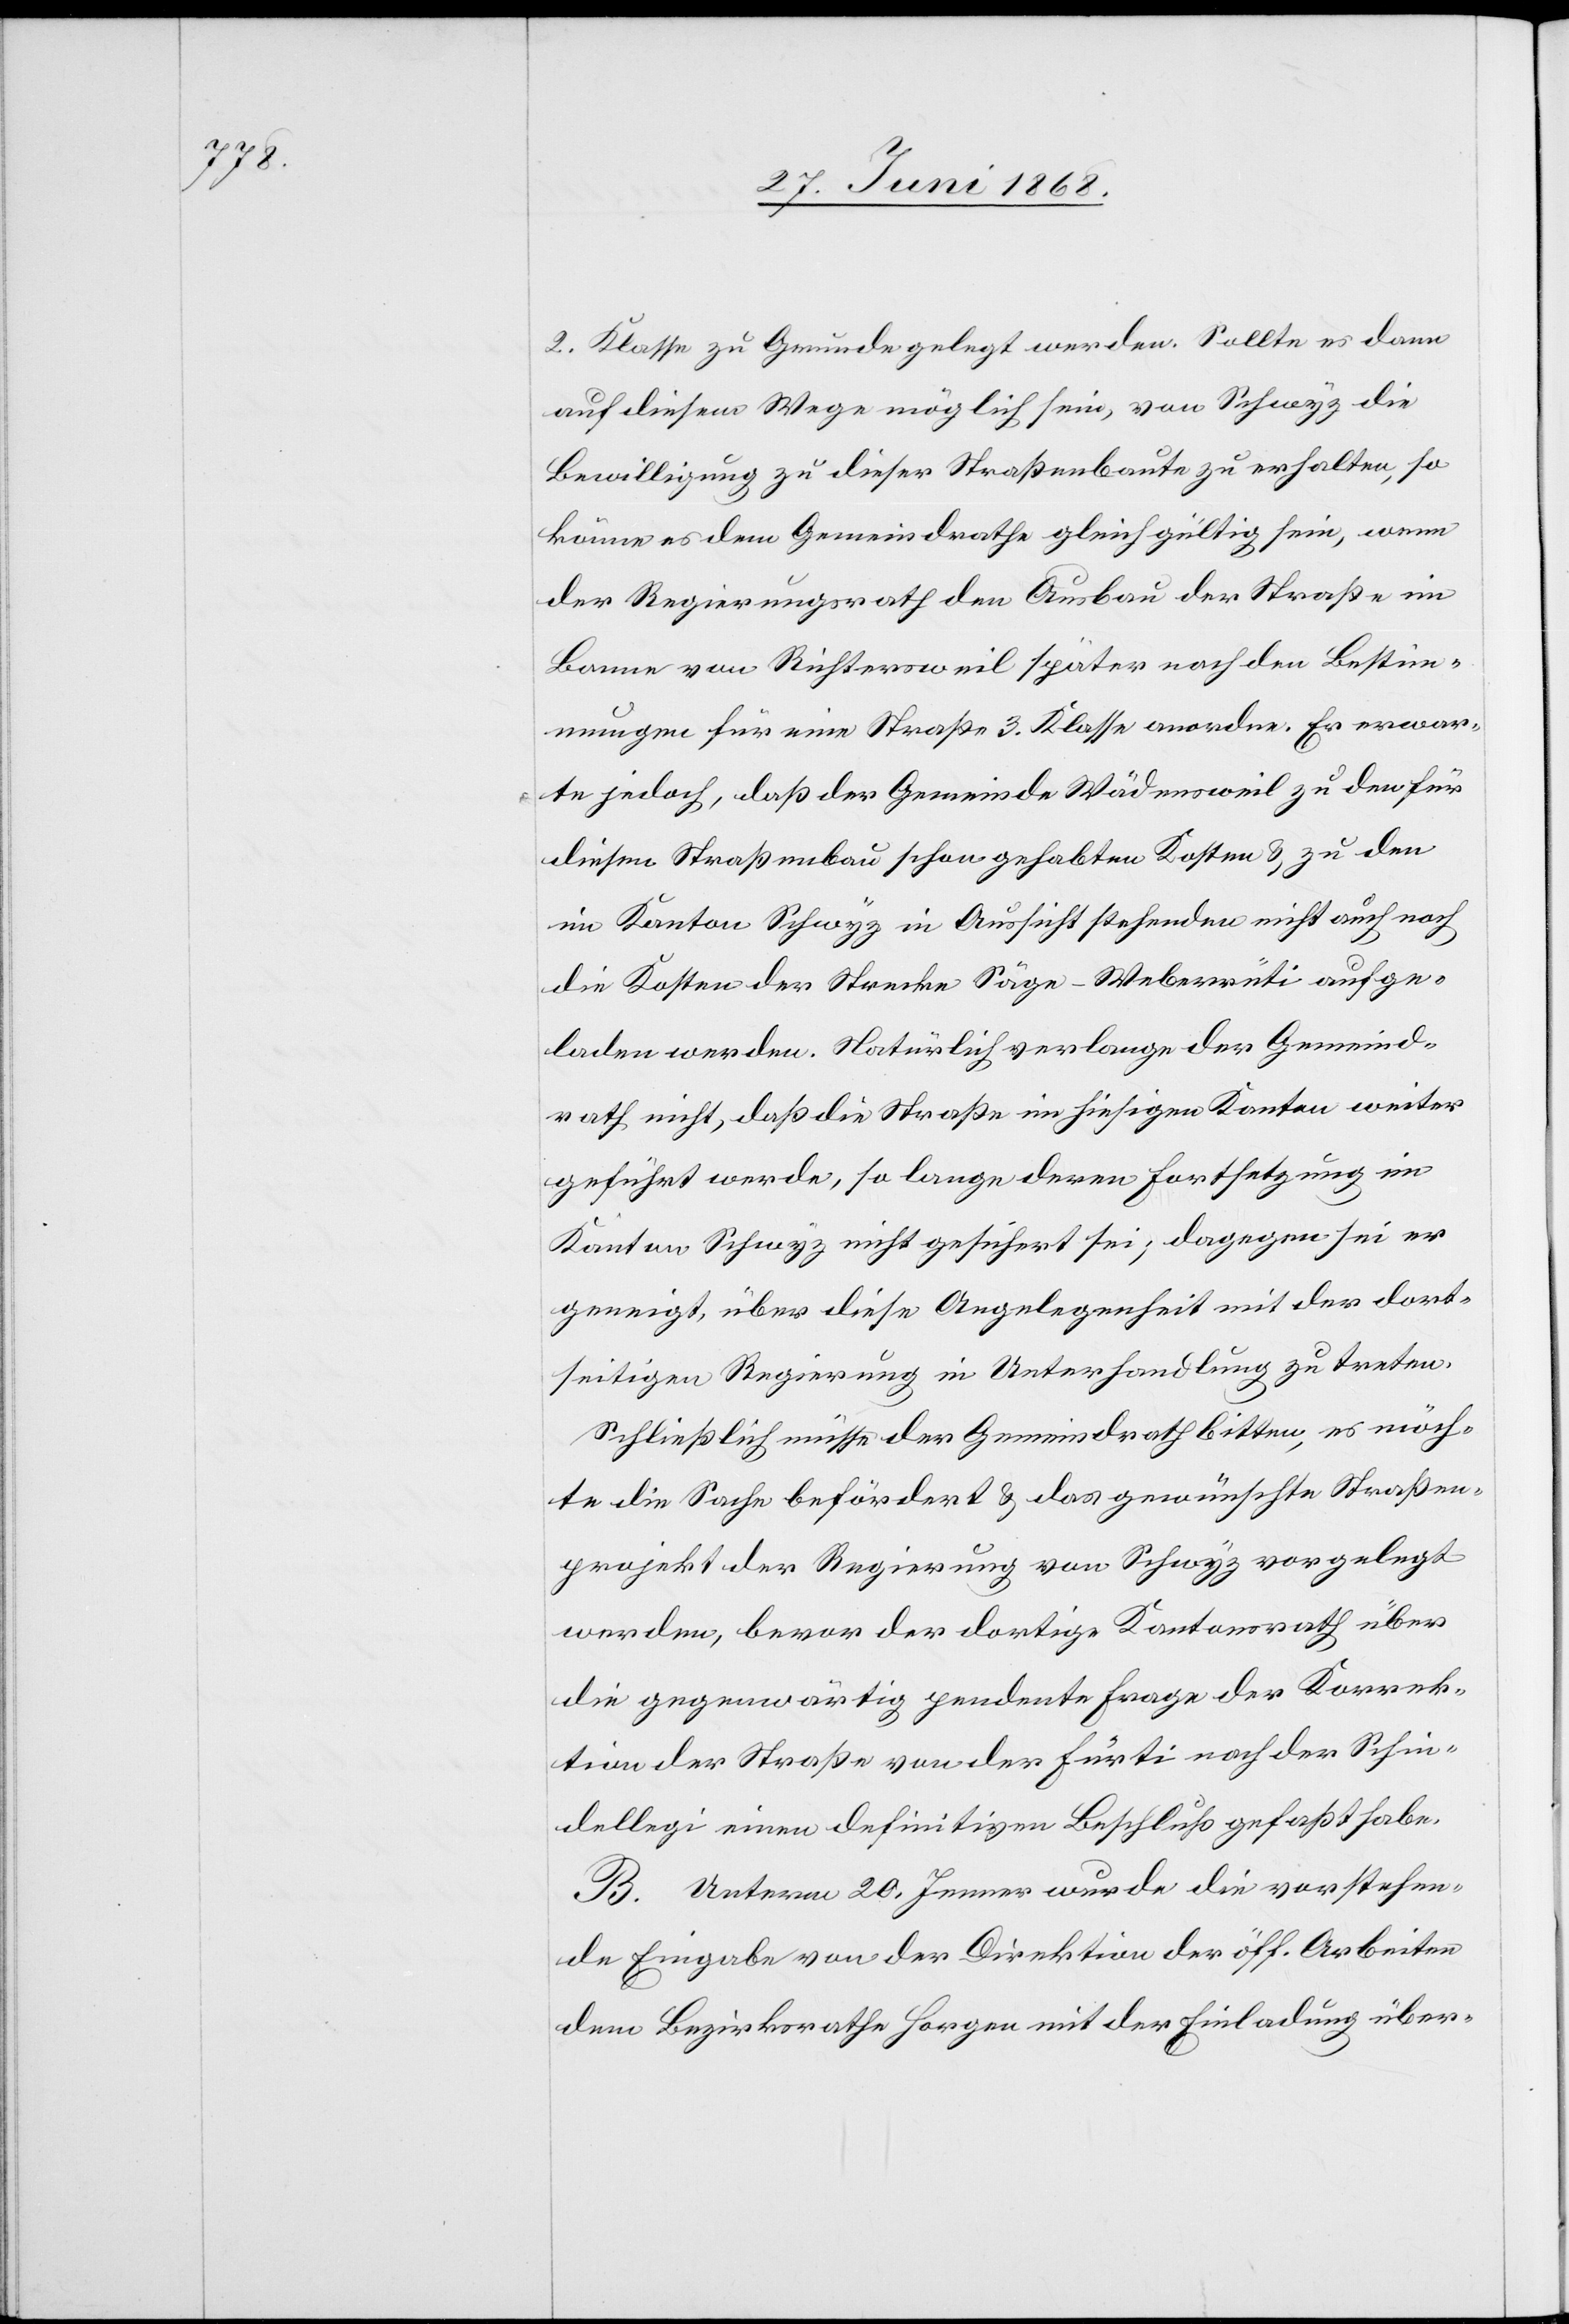
2. Klasse zu Grunde gelegt werden. Sollte es dann
auf diesem Wege möglich sein, von Schwyz die
Bewilligung zu dieser Straßenbaute zu erhalten, so
könne es dem Gemeindrathe gleichgültig sein, wenn
der Regierungsrath den Ausbau der Straße im
Banne von Richtersweil später nach den Bestimm¬
ungen für eine Straße 3. Klasse anordne. Er erwar¬
te jedoch, daß der Gemeinde Wädensweil zu den für
diesen Straßenbau schon gehabten Kosten & zu den
im Kanton Schwyz in Aussicht stehenden nicht auch noch
die Kosten der Strecke Säge-Weberrüti aufge¬
laden werden. Natürlich verlange der Gemeind¬
rath nicht, daß die Straße im hiesigen Kanton weiter
geführt werde, so lange deren Fortsetzung im
Kanton Schwyz nicht gesichert sei; dagegen sei er
geneigt, über diese Angelegenheit mit der dort¬
seitigen Regierung in Unterhandlung zu treten.
Schließlich müsse der Gemeindrath bitten, es möch¬
te die Sache befördert & das gewünschte Straßen¬
projekt der Regierung von Schwyz vorgelegt
werden, bevor der dortige Kantonsrath über
die gegenwärtig pendente Frage der Korrek¬
tion der Straße von der Fürti nach der Schin¬
dellegi einen definitiven Beschluß gefaßt habe.
B. Unterm 20. Jenner wurde die vorstehen¬
de Eingabe von der Direktion der öff. Arbeiten
dem Bezirksrathe Horgen mit der Einladung über-